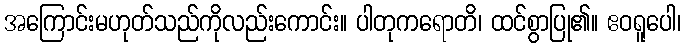
အကြောင်းမဟုတ်သည်ကိုလည်းကောင်း။ ပါတုကရောတိ၊ ထင်စွာပြု၏။ ဧဝရူပေါ၊